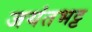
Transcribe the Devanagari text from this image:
जयंतभट्ट